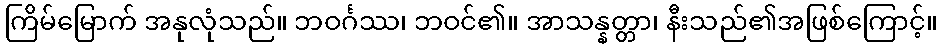
ကြိမ်မြောက် အနုလုံသည်။ ဘဝင်္ဂဿ၊ ဘဝင်၏။ အာသန္နတ္တာ၊ နီးသည်၏အဖြစ်ကြောင့်။